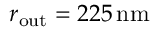
r _ { \mathrm { o u t } } = 2 2 5 \, \mathrm { n m }